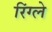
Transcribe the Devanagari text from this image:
रिंग्ले